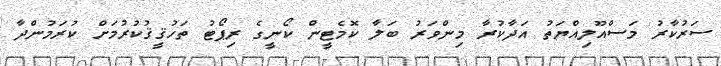
ސަރުކާރު މަސްއޫލިއްޔަތު އަދާކުރާ މިންވަރު ބަލާ ކޮމެޓީން ކޯނީގެ ރިޕޯޓު ތަހުޤީޤުކުރުމަށް ކުރަމުންދާ